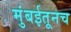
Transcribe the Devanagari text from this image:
मुंबईतूनच